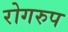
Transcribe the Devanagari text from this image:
रोगरुप